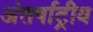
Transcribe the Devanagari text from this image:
अंतर्षाट्रीय